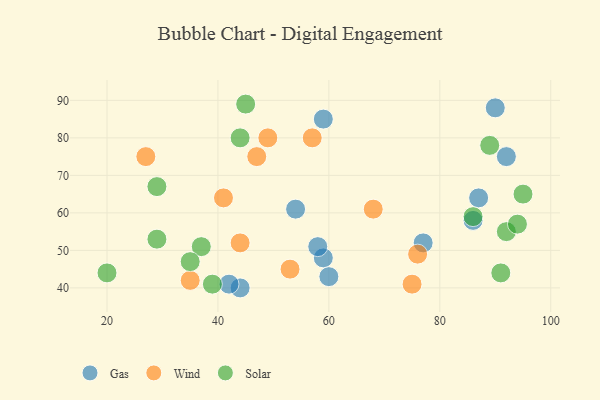
{"axis": {"x": "GDP", "y": "Life Expectancy"}, "legend": ["Gas", "Solar", "Wind"], "data": [{"x": "59", "y": 48, "type": "Gas"}, {"x": "60", "y": 43, "type": "Gas"}, {"x": "44", "y": 40, "type": "Gas"}, {"x": "58", "y": 51, "type": "Gas"}, {"x": "92", "y": 75, "type": "Gas"}, {"x": "59", "y": 85, "type": "Gas"}, {"x": "90", "y": 88, "type": "Gas"}, {"x": "42", "y": 41, "type": "Gas"}, {"x": "54", "y": 61, "type": "Gas"}, {"x": "77", "y": 52, "type": "Gas"}, {"x": "86", "y": 58, "type": "Gas"}, {"x": "87", "y": 64, "type": "Gas"}, {"x": "57", "y": 80, "type": "Wind"}, {"x": "49", "y": 80, "type": "Wind"}, {"x": "44", "y": 52, "type": "Wind"}, {"x": "41", "y": 64, "type": "Wind"}, {"x": "75", "y": 41, "type": "Wind"}, {"x": "68", "y": 61, "type": "Wind"}, {"x": "27", "y": 75, "type": "Wind"}, {"x": "47", "y": 75, "type": "Wind"}, {"x": "76", "y": 49, "type": "Wind"}, {"x": "53", "y": 45, "type": "Wind"}, {"x": "35", "y": 42, "type": "Wind"}, {"x": "20", "y": 44, "type": "Solar"}, {"x": "37", "y": 51, "type": "Solar"}, {"x": "45", "y": 89, "type": "Solar"}, {"x": "35", "y": 47, "type": "Solar"}, {"x": "44", "y": 80, "type": "Solar"}, {"x": "86", "y": 59, "type": "Solar"}, {"x": "39", "y": 41, "type": "Solar"}, {"x": "89", "y": 78, "type": "Solar"}, {"x": "95", "y": 65, "type": "Solar"}, {"x": "92", "y": 55, "type": "Solar"}, {"x": "91", "y": 44, "type": "Solar"}, {"x": "29", "y": 53, "type": "Solar"}, {"x": "29", "y": 67, "type": "Solar"}, {"x": "94", "y": 57, "type": "Solar"}]}